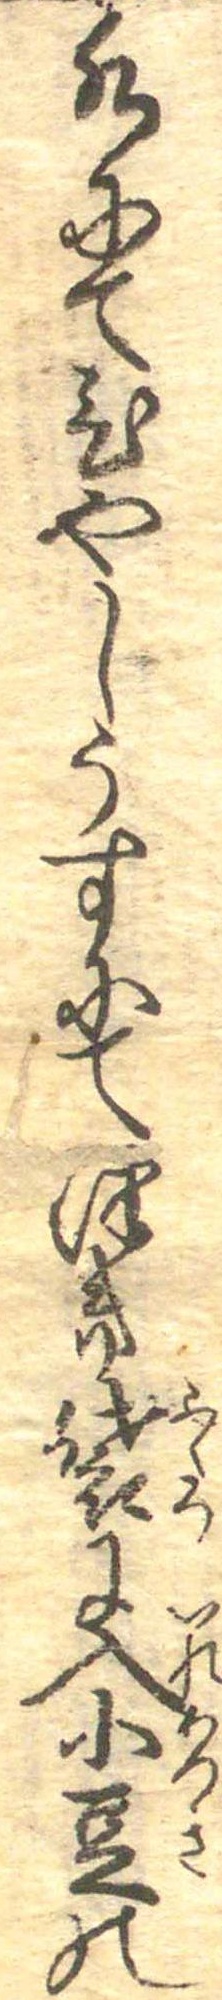
水にてひやしうすにてつき袋に入小豆の